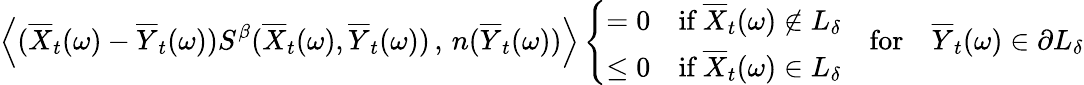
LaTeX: \left\langle(\overline{X}_{t}(\omega)-\overline{Y}_{t}(\omega))S^{\beta}(\overline{X}_{t}(\omega),\overline{Y}_{t}(\omega))\, ,\, n(\overline{Y}_{t}(\omega))\right\rangle\left\{ \begin{array}{ll}{=0}&{\textup{if}\; \overline{X}_{t}(\omega)\notin L_{\delta}}\\ {\leq 0}&{\textup{if}\; \overline{X}_{t}(\omega)\in L_{\delta}}\end{array}\right.\quad\mathrm{for}\quad\overline{Y}_{t}(\omega)\in\partial L_{\delta}